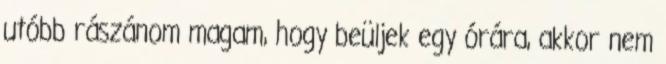
utóbb rászánom magam, hogy beüljek egy órára, akkor nem